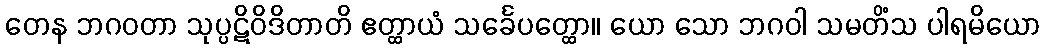
တေန ဘဂဝတာ သုပ္ပဋိဝိဒိတာတိ ဧတ္ထာယံ သင်္ခေပတ္ထော။ ယော သော ဘဂဝါ သမတိံသ ပါရမိယော